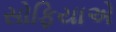
સોફિયાએ